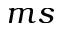
m s